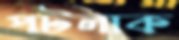
পটলাক